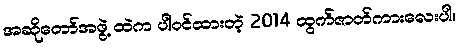
အဆိုတော်အဖွဲ့ ထဲက ပါဝင်ထားတဲ့ 2014 ထွက်ဇာတ်ကားလေးပါ။